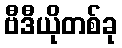
ဗီဒီယိုတစ်ခု